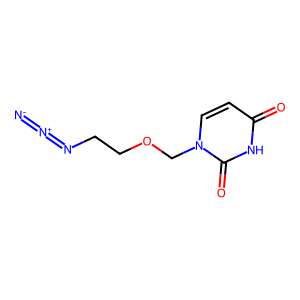
SMILES: [N-]=[N+]=NCCOCn1ccc(=O)[nH]c1=O
Inhibits HIV replication: No